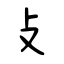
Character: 攴